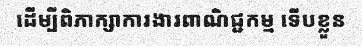
ដើម្បីពិភាក្សាការងារពាណិជ្ជកម្ម ទើបខ្លួន